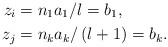
LaTeX: \begin{align*}z_{i} & =n_{1}a_{1}/l=b_{1},\\z_{j} & =n_{k}a_{k}/\left( l+1\right) =b_{k}.\end{align*}